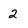
Character: 2